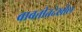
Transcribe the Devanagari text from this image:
बाबतीतदेखील